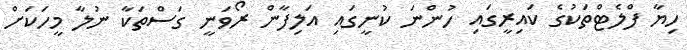
ހިޔާ ފްލެޓްތަކުގެ ކައިރީގައި ހުންނަ ކުނީގައި އަލިފާން ރޯވަނީ ގަސްތަކާ ނުލާ މީހަކަށް